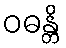
ဝဓန္တိ